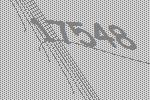
17548